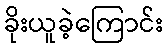
ခိုးယူခဲ့ကြောင်း